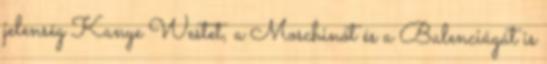
jelenség Kanye Westet, a Moschinót és a Balenciágát is